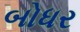
બોધર